Annual report on the Civil Veterinary Department, Burma (including the Insein Veterinary School) - 1910-1922
Year: 1910
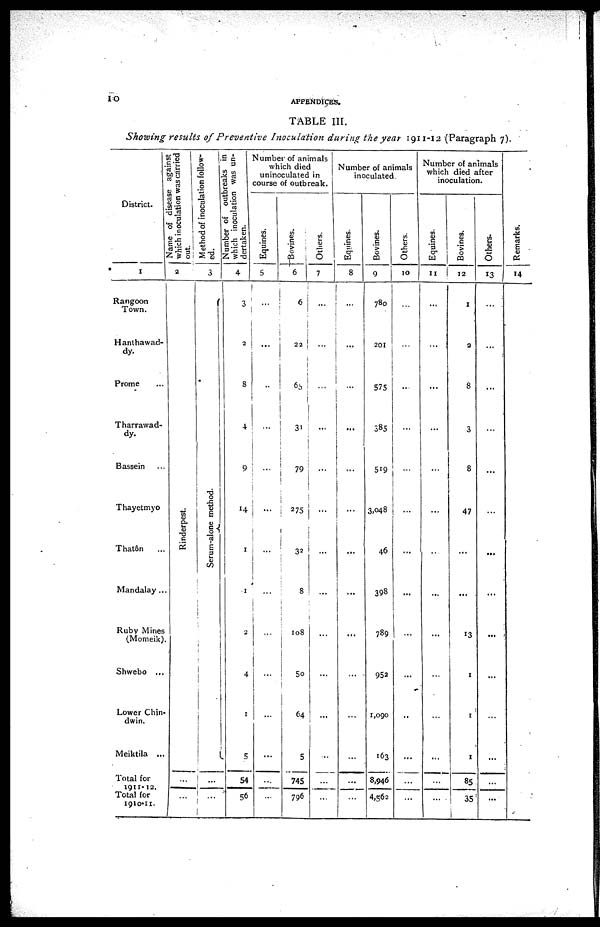
10
APPENDICES.
TABLE III.
Showing results of Preventive
Inoculation during the year 1911-12 (Paragraph 7).
District.
1
Rangoon
Town.
Hanlhawad-
dy.
Prome ... ...
Tharrawad-
dy.
Bassein ...
Thayetmyo
Thatôn
...
Mandalay ...
Name of disease against
which inoculation was carried
out.
2
Rinderpest.
...
Ruby Mines
(Momeik).
Shwebo ...
Lower Chin-
dwin.
Meiktila ...
Total for
1911-12.
Total for
1910-11.
...
...
Method of inoculation follow-
ed.
3
Serum-alone method.
...
...
which inoculation was un-
dertaken.
4
3
2
8
4
9
14
1
1
2
4
1
L
5
54
56
Number of animals
which died
unincculated in
course of outbreak.
Equines.
5
...
...
...
...
...
...
...
...
1
...
...
...
...
...
Bovines.
6
6
22
65
31
79
275
32
8
108
50
64
5
745
796
Others.
7
...
...
...
...
...
...
...
...
...
...
...
...
...
Number of animals
inoculated
Equines.
8
...
...
...
...
...
...
...
...
...
...
...
...
...
...
Bovines.
9
780
201
575
385
519
3,048
46
398
789
952
1,090
163
8,946
4,562
Others.
-
10
...
...
...
...
...
...
...
...
...
...
...
...
...
...
Number of animals
which died after
inoculation.
Equines.
11
...
...
...
...
...
...
...
...
...
...
...
...
...
...
Bovines.
12
1
2
8
3
8
47
...
...
13
1
1
1
85
35
Others.
13
...
...
...
...
...
...
...
...
...
...
...
...
...
...
Remarks.
14